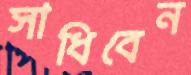
সাধিবেন